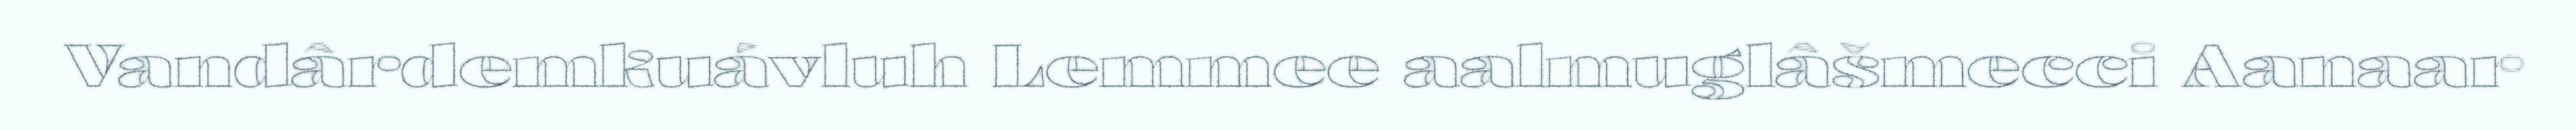
Vandârdemkuávluh Lemmee aalmuglâšmecci Aanaar